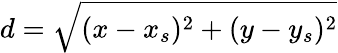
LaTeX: d=\sqrt{(x-x_{s})^{2}+(y-y_{s})^{2}}